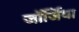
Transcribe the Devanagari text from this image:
जाॅर्जिया